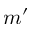
m ^ { \prime }